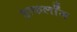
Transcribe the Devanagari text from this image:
हाफलॉँग